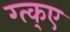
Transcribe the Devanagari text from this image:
ग्त्क्ए